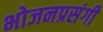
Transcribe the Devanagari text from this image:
भोजनप्रसंगी